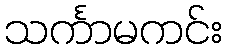
သင်္ကာမကင်း